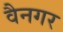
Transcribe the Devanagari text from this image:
वैनगर